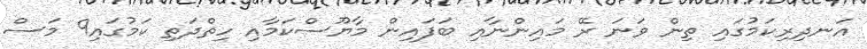
އަނދިރިކަމުގައި ތިން ވަނަ ރޭ މައިންނާއި ބަފައިން މާޔޫސްކަމާއި ހިތްދަތި ކަމުގައި9 މަސް